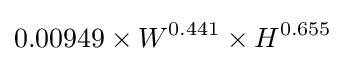
0.00949\times W^{0.441}\times H^{0.655}